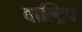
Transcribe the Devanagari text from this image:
वाल्ट्रिप